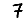
Digit: 7